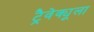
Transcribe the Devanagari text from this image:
ट्रैवेक्यूला